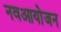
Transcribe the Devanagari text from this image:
नवआयोजन